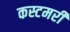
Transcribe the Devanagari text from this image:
कस्टमरी